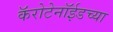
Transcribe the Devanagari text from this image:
कॅरोटेनॉईडच्या